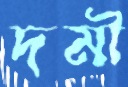
দমী